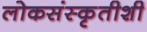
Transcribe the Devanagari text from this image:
लोकसंस्कृतीशी